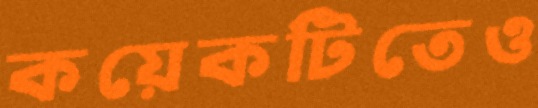
কয়েকটিতেও